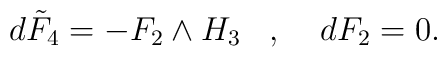
d \tilde F_4 = -F_2 \wedge H_3 \;\;\; , \;\;\;\; dF_2 = 0.